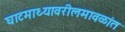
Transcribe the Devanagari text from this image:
घाटमाथ्यावरीलमावळांत